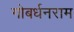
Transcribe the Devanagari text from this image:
गोबर्धनराम